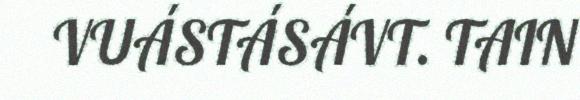
VUÁSTÁSÁVT. TAIN